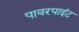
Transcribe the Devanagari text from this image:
पावरपाइंट